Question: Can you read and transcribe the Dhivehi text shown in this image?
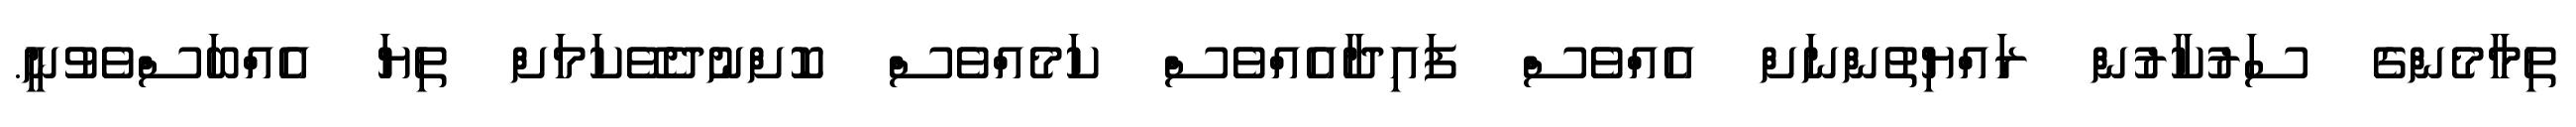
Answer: ތިމާމެންގެ ސަރުކާރުން ރައްޔިތުންނަށް އެއްވެސް ފައިދާއެއްވެސް ކަމެއްވެސް ކޮށްނުދެވޭކަމަށް ތިޔަ އެއްބަސްވެވުނީ.